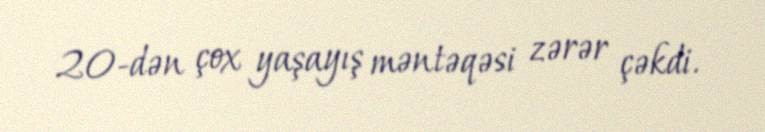
20-dən çox yaşayış məntəqəsi zərər çəkdi.